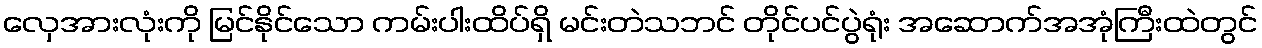
လှေအားလုံးကို မြင်နိုင်သော ကမ်းပါးထိပ်ရှိ မင်းတဲသဘင် တိုင်ပင်ပွဲရုံး အဆောက်အအုံကြီးထဲတွင်